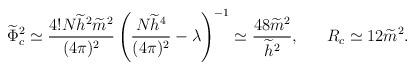
LaTeX: \begin{align*}\widetilde{\Phi}^2_c\simeq\frac{4!N\widetilde{h}^2\widetilde{m}^2}{(4\pi)^2} \left(\frac{N\widetilde{h}^4}{(4\pi)^2}- \lambda \right)^{-1} \simeq\frac{48\widetilde{m}^2}{\widetilde{h}^2}, \ \ \ \ \ R_c \simeq12\widetilde{m}^2.\end{align*}